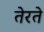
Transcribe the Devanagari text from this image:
तेरते